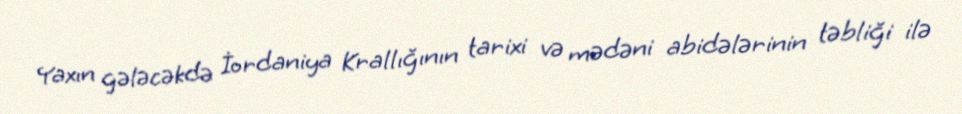
Yaxın gələcəkdə İordaniya Krallığının tarixi və mədəni abidələrinin təbliği ilə